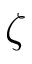
\zeta